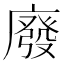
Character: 廢